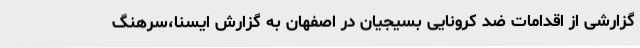
گزارشی از اقدامات ضد کرونایی بسیجیان در اصفهان به گزارش ایسنا،سرهنگ